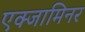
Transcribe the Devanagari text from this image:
एक्जामिनर